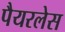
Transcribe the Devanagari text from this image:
पैयरलेस